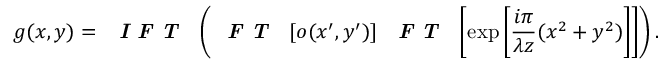
g ( x , y ) = \textbf { \textit { I F T } } \left( \textbf { \textit { F T } } \left[ o ( x ^ { \prime } , y ^ { \prime } ) \right] \textbf { \textit { F T } } \left[ \exp \left[ \frac { i \pi } { \lambda z } ( x ^ { 2 } + y ^ { 2 } ) \right] \right] \right) .